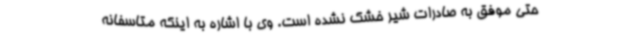
حتی موفق به صادرات شیر خشک نشده است. وی با اشاره به اینکه متاسفانه